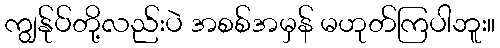
ကျွန်ုပ်တို့လည်းပဲ အစစ်အမှန် မဟုတ်ကြပါဘူး။